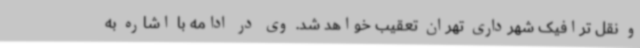
و نقل ترافیک شهرداری تهران تعقیب خواهد شد. وی در ادامه با اشاره به